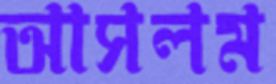
আসলম